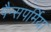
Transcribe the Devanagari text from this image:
पैन्सपर्मिया